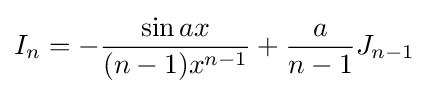
I_{n}=-{\frac {\sin {ax}}{(n-1)x^{n-1}}}+{\frac {a}{n-1}}J_{n-1}\,\!